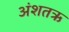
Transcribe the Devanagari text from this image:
अंशतऋ